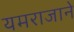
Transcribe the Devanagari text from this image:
यमराजाने